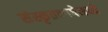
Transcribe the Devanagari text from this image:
संस्कृतभाषेमध्ये